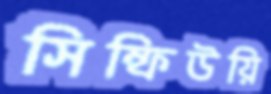
সিম্ফিউয়ি